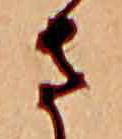
さ